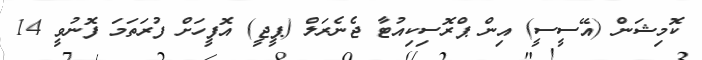
ކޮމިޝަން (އޭސީސީ) އިން ޕްރޮސިކިއުޓާ ޖެނެރަލް (ޕީޖީ) އޮފީހަށް ފުރަތަމަ ފޮނުވީ 14